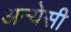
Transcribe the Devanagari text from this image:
अन्येसी